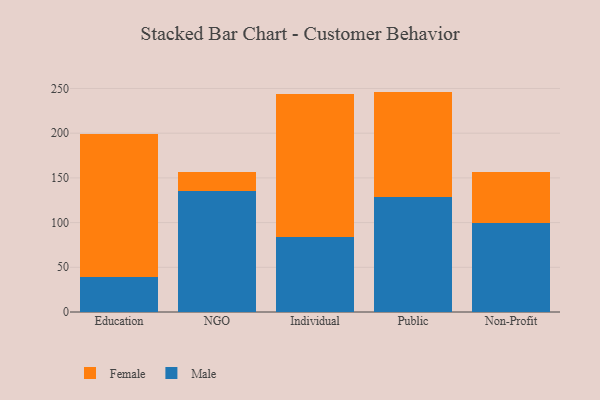
{"axis": {"x": "Segment", "y": "Revenue (USD Million)"}, "legend": ["Female", "Male"], "data": [{"x": "Education", "y": 39.5, "type": "Male"}, {"x": "Education", "y": 160.0, "type": "Female"}, {"x": "NGO", "y": 134.8, "type": "Male"}, {"x": "NGO", "y": 21.5, "type": "Female"}, {"x": "Individual", "y": 84.3, "type": "Male"}, {"x": "Individual", "y": 159.6, "type": "Female"}, {"x": "Public", "y": 128.6, "type": "Male"}, {"x": "Public", "y": 117.9, "type": "Female"}, {"x": "Non-Profit", "y": 99.1, "type": "Male"}, {"x": "Non-Profit", "y": 57.5, "type": "Female"}]}